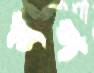
খপ